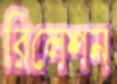
রিলেশন